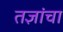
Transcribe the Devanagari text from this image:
तज्ञांचा